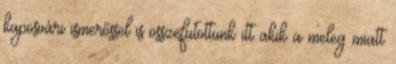
kaposvári ismerőssel is összefutottunk itt akik a meleg miatt